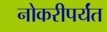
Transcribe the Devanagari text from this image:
नोकरीपर्यंत